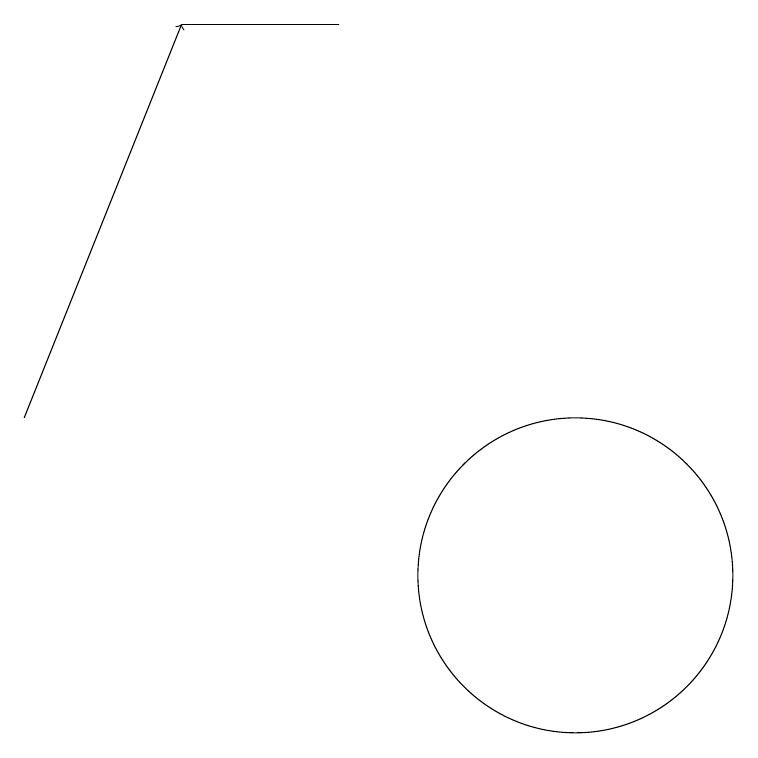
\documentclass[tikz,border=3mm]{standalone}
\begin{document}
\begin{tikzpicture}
\draw (8,17) rectangle (6,17);
\draw (11,10) circle (2);
\draw[->] (4,12) -- (6,17);
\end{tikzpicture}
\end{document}